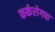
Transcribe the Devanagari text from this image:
कर्करोगचा